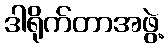
ဒါရိုက်တာအဖွဲ့